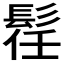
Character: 𲌛